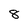
Character: 8